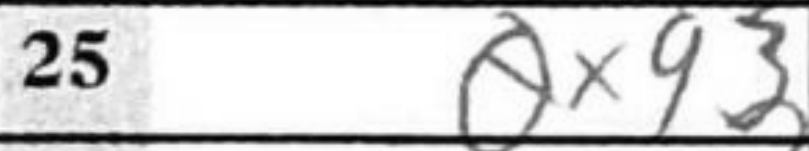
Transcription: Qxg3